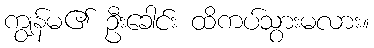
ကျွန်မ၏ ဦးခေါင်း ထိကပ်သွားမလား။